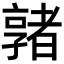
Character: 𡦡